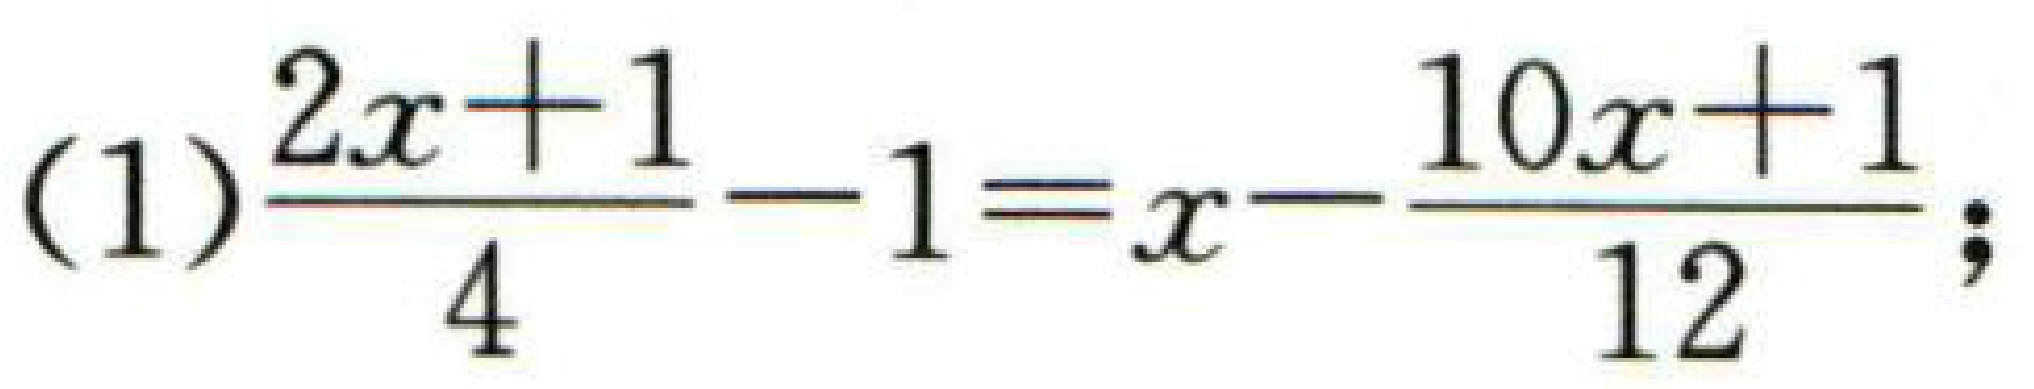
(1)$\frac{2x + 1}{4}-1=x-\frac{10x + 1}{12}$;